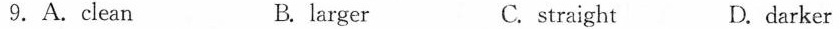
9.A.clean B. larger C. straight D.darker